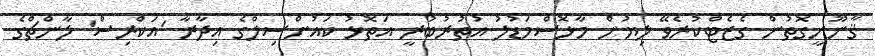
ޤާނޫނީގޮތުން ގެޒެޓްކުރެވޭ ލިޔުން މާޅޮސްމަޑުލު އުތުރުބުރީ އަތޮޅު ކައުންސިލްގެ އިދާރާ 'އަކްރިސް' ލާންޗްގެ